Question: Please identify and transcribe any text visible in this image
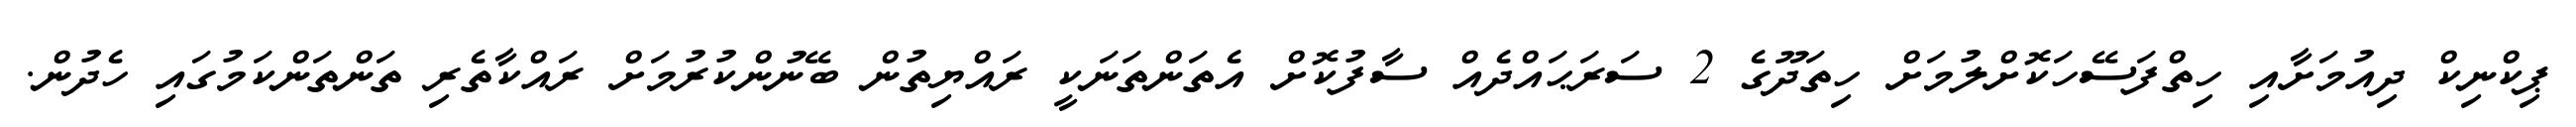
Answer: ޕިކްނިކް ދިއުމަށާއި ހިތްފަސޭހަކޮށްލުމަށް ހިތަދޫގެ 2 ސަރަޙައްދެއް ސާފުކޮށް އެތަންތަނަކީ ރައްޔިތުން ބޭނުންކުރުމަށް ރައްކާތެރި ތަންތަންކަމުގައި ހެދުން.